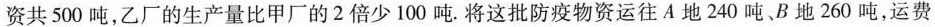
资共500吨，乙厂的生产量比甲厂的2倍少100吨。将这批防疫物资运往A地240吨B地260吨，运费